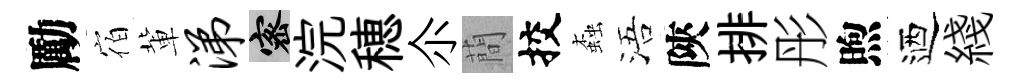
勵宿軰涕密浣穂尒蕳挍螙浯陝排彤煦迺綫